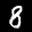
Label: 8